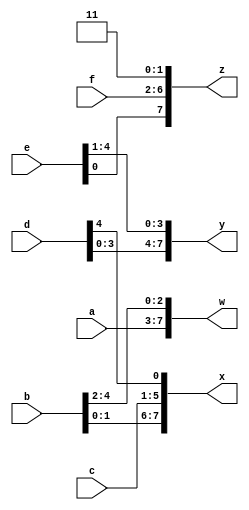
module top_module (
    input [4:0] a, b, c, d, e, f,
    output [7:0] w, x, y, z 
);

assign {w, x, y, z} = {a, b, c, d, e, f, 2'b11};

endmodule